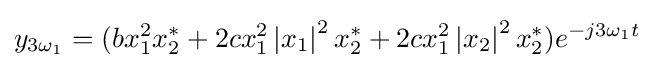
y_{3{\omega _{1}}}=(bx_{1}^{2}x_{2}^{\ast }+2cx_{1}^{2}\left\vert {x_{1}}\right\vert ^{2}x_{2}^{\ast }+2cx_{1}^{2}\left\vert {x_{2}}\right\vert ^{2}x_{2}^{\ast })e^{-j3{\omega }_{1}t}